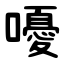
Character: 嚘